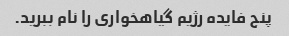
پنج فایده رژیم گیاهخواری را نام ببرید.